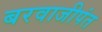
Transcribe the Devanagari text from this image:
बरवाजीपंत